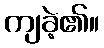
ကျခဲ့၏။